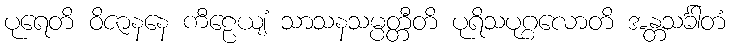
ပုရေတိ ဝိဇာနနေ ကီဠေယျံ သာသနသမ္ပတ္တီတိ ပုရိသပုဂ္ဂလောတိ အန္တသင်္ခါတံ